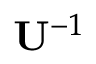
\mathbf { U } ^ { - 1 }